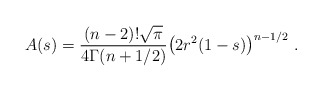
\begin{align*} A(s)= \frac{(n-2)!\sqrt{\pi}}{4\Gamma(n+1/2)}\bigl(2 r^2(1-s)\bigr)^{n-1/2}\ .\end{align*}